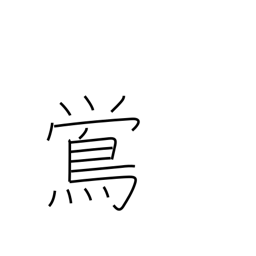
Meaning: nightingale